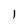
Character: 1